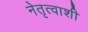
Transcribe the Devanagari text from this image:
नेतृत्वाशी